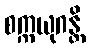
စက္ကယုဂန္တိ